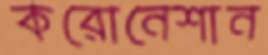
করোনেশান